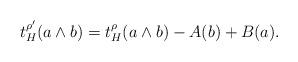
LaTeX: \begin{align*}t^{\rho^{\prime}}_{H}(a\wedge b) = t^{\rho}_{H}(a\wedge b) - A (b) + B( a ).\end{align*}